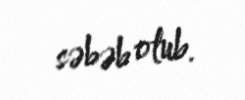
səbəb olub.